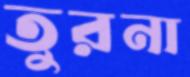
তুরনা